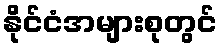
နိုင်ငံအများစုတွင်